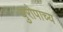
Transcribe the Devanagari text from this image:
युरोपाच्य